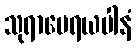
သုရာမေရယပါနံ